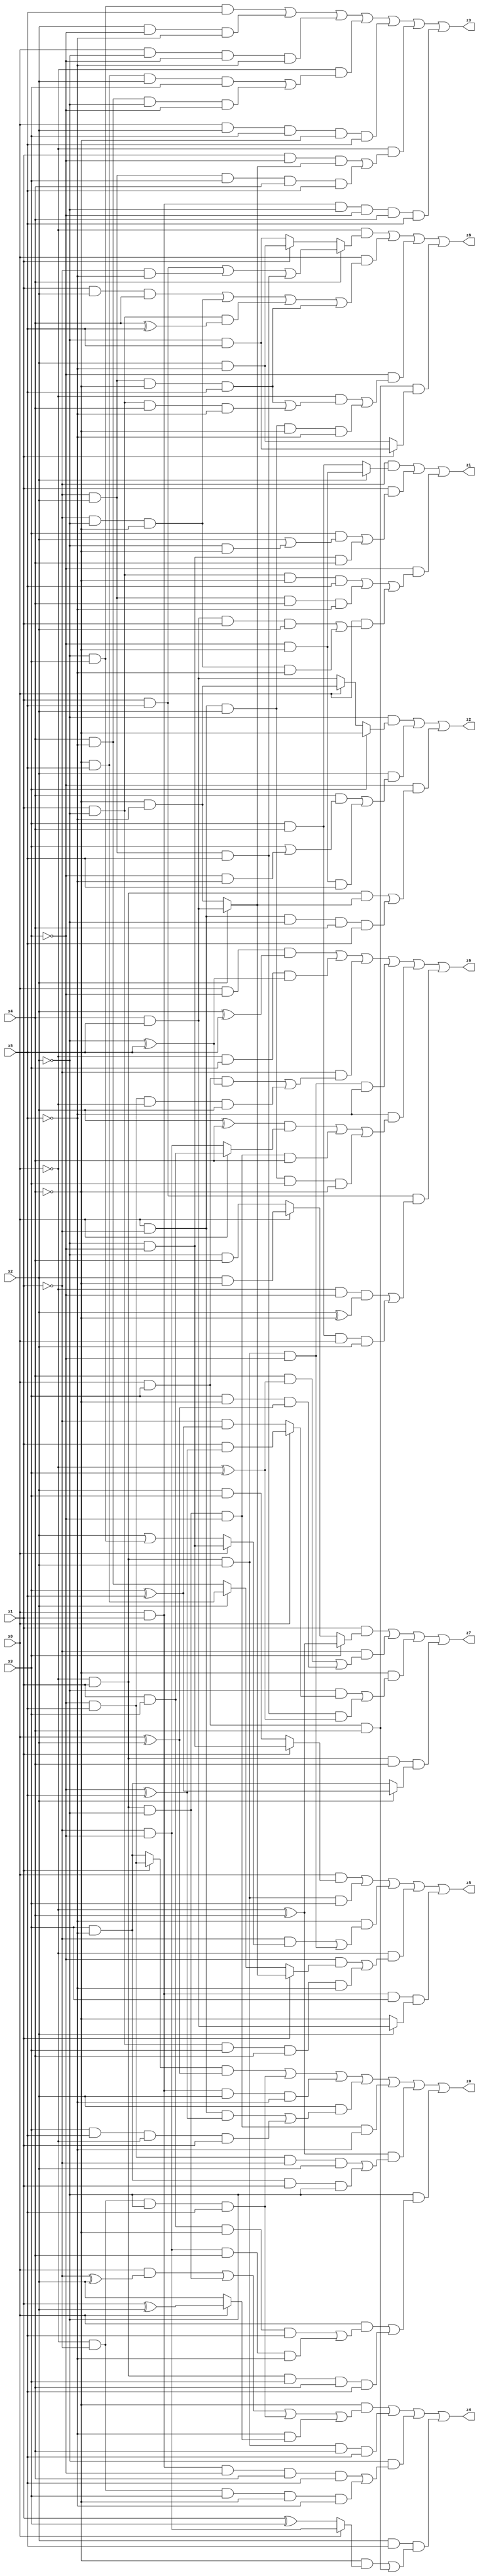
// Benchmark "X_35" written by ABC on Mon Jun 05 23:01:56 2023

module X_35 ( 
    x0, x1, x2, x3, x4, x5,
    z0, z1, z2, z3, z4, z5, z6, z7, z8  );
  input  x0, x1, x2, x3, x4, x5;
  output z0, z1, z2, z3, z4, z5, z6, z7, z8;
  assign z0 = ((x1 ? (~x3 & x5) : (x3 & ~x5)) & (x0 ^ x2)) | (~x0 & ~x1 & ~x2 & x5) | (x0 & x1 & x2 & ~x5) | (x2 & ((x0 & ~x1 & (~x3 ^ x5)) | (x3 & x5 & ~x0 & x1))) | (~x0 & x1 & ~x2 & ~x3 & ~x5) | ((~x0 ^ x4) & ((~x3 & x5 & ~x1 & x2) | (x3 & ~x5 & x1 & ~x2))) | (~x2 & ((x0 & ((x1 & x3 & ~x4 & x5) | (~x1 & ~x3 & x4 & ~x5))) | (~x0 & x1 & x3 & x4 & x5)));
  assign z1 = (~x1 & (x2 ? (~x3 & ~x4) : (x3 & x4))) | (x1 & ((x3 & (x2 | (~x2 & ~x4))) | (~x2 & ~x3 & x4))) | (~x3 & ((x1 & ~x2 & ~x4 & x5) | (~x1 & x2 & x4 & ~x5) | (x0 & ((x4 & x5 & x1 & x2) | (~x1 & ~x2 & ~x4 & ~x5)))));
  assign z2 = (~x2 & (x3 ? ~x4 : (x0 ? (~x4 & ~x5) : (x4 & x5)))) | (x2 & ((x4 & (x3 | (~x3 & ~x5))) | (~x3 & ~x4 & x5))) | (~x3 & ((~x0 & x1 & (x2 ? (x4 & x5) : (~x4 & ~x5))) | (x0 & ~x1 & ~x2 & x4 & x5)));
  assign z3 = (~x2 & x3 & x5) | (x2 & ~x3 & ~x5) | (x0 & ~x2 & ~x3 & ~x5) | (~x0 & ((~x4 & x5 & x2 & x3) | (x4 & ~x5 & ~x2 & ~x3))) | (x0 & x2 & x3 & ~x4 & x5) | (~x0 & ((x1 & ~x3 & (x2 ? (x4 & x5) : (~x4 & ~x5))) | (~x1 & x2 & x3 & x4 & x5))) | (x0 & x1 & ~x2 & ~x3 & x4 & x5);
  assign z4 = (~x4 & ((x0 & (~x1 ^ x2)) | (~x0 & x1 & ~x2) | (~x0 & ~x1 & ~x2 & x5) | (~x5 & (x0 ? (x1 ^ x2) : x2)))) | (~x0 & x1 & x2 & x4 & x5) | (~x2 & ((x0 & x1 & ~x3 & x4 & x5) | (~x0 & ~x1 & x3 & ~x4 & ~x5))) | (x2 & x5 & ((~x4 & (x0 ? (~x1 & ~x3) : (x1 ^ x3))) | (x0 & x3 & x4)));
  assign z5 = (x0 & (x1 ? (~x2 & ~x3) : (x2 & x3))) | (~x0 & x1 & x2 & x3) | (~x5 & ((~x1 & (x0 ? (~x2 & ~x3) : (x2 | (~x2 & x3)))) | (~x0 & x1 & x2 & ~x3))) | (~x0 & ((~x3 & (x1 ? (x2 ? (x4 & x5) : (~x4 & ~x5)) : (x2 ? (~x4 & x5) : (x4 & ~x5)))) | (x1 & ~x2 & x3 & x4 & ~x5))) | (x0 & x1 & x3 & (x2 ? (x4 & x5) : ~x4));
  assign z6 = (x0 & ~x3 & (x2 ^ x5)) | (~x0 & x3 & (~x2 ^ x5)) | (~x1 & ((x0 & x3 & (~x2 ^ x5)) | (~x3 & x5 & ~x0 & x2))) | (~x0 & x1 & x2 & ~x3 & ~x5) | (~x5 & (((x2 ^ x4) & (x0 ? (x1 & x3) : (~x1 & ~x3))) | (~x0 & x1 & ~x2 & ~x3 & x4) | (x0 & ~x1 & x2 & x3 & ~x4))) | (x1 & x5 & ((~x0 & ~x3 & (x2 ^ ~x4)) | (x3 & x4 & x0 & x2)));
  assign z7 = (x1 & (x3 ? (~x0 ^ x4) : (x0 ? (x2 & ~x4) : (~x2 & x4)))) | (~x1 & ((x4 & (~x0 ^ x3)) | (x3 & ~x4 & (x0 ^ x2)))) | (~x4 & ((~x2 & (x0 ? (x1 & (~x3 ^ x5)) : (~x1 & (x3 ^ x5)))) | (~x1 & x2 & x5 & (~x0 ^ x3)))) | (~x0 & x1 & x4 & (x2 ? (x3 ^ x5) : (x3 & ~x5)));
  assign z8 = (~x0 & (x4 ? ((x1 & x5) | (~x1 & ~x5) | (~x1 & x2 & x5)) : (x1 ? (x2 & ~x5) : (~x2 & x5)))) | (x0 & ((x1 & x2 & x4) | (~x1 & ~x2 & ~x4) | (x1 & ~x2 & (x4 ^ x5)) | (~x1 & x2 & ~x4 & x5))) | (~x3 & ((~x0 & ((~x1 & x2 & ~x4 & x5) | (x1 & ~x2 & x4 & ~x5))) | (x0 & ~x1 & x2 & ~x4 & ~x5))) | (x0 & x3 & x4 & (x1 ? (~x2 & x5) : (x2 & ~x5)));
endmodule